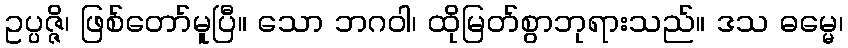
ဥပ္ပဇ္ဇိ၊ ဖြစ်တော်မူပြီ။ သော ဘဂဝါ၊ ထိုမြတ်စွာဘုရားသည်။ ဒသ ဓမ္မေ၊